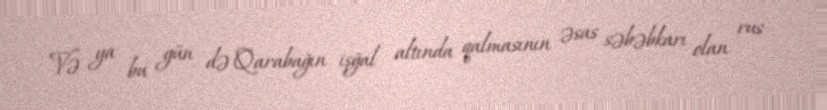
Və ya bu gün də Qarabağın işğal altında qalmasının əsas səbəbkarı olan rus